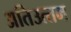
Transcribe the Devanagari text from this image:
अतिउत्‍तम